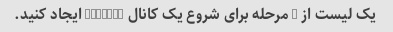
یک لیست از 5 مرحله برای شروع یک کانال YouTube ایجاد کنید.